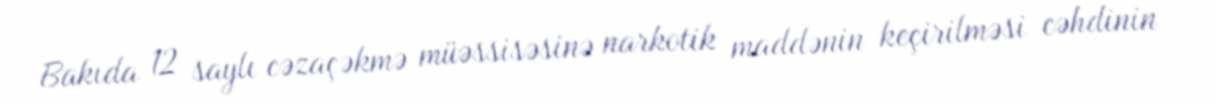
Bakıda 12 saylı cəzaçəkmə müəssisəsinə narkotik maddənin keçirilməsi cəhdinin